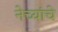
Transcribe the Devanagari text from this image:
नेच्यांचे